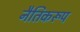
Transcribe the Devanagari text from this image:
नैतिकरूप